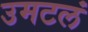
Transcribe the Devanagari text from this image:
उमटलं